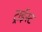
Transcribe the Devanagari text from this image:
ट्राईस्ट